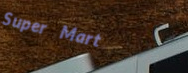
Super Mart